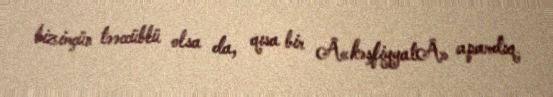
bizimçün təəccüblü olsa da, qısa bir Â«kəşfiyyatÂ» apardıq.